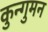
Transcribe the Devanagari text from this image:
कुन्गुमन